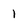
Character: 1